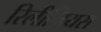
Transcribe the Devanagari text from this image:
रिलीज़ियस